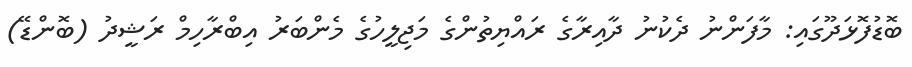
ބޮޑުފޮޅަދޫގައި: މާފަންނު ދެކުނު ދާއިރާގެ ރައްޔިތުންގެ މަޖިލީހުގެ މެންބަރު އިބްރާހިމް ރަޝީދު (ބޮންޑޭ)